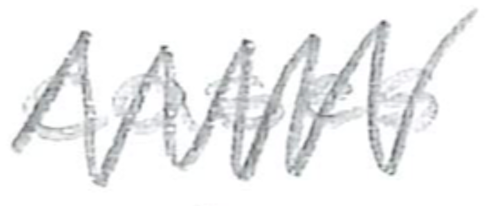
Text: cases
Cross-out: zig-zag
Writing tool: pencil